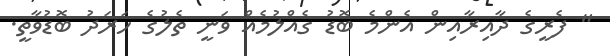
" ފެރީގެ ދާއިރާއިން އެންމެ ބޮޑު ގެއްލުމެއް ވަނީ ތެލުގެ ހަރަދު ބޮޑުވާތީ.